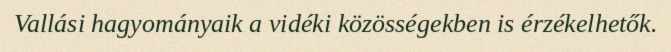
Vallási hagyományaik a vidéki közösségekben is érzékelhetők.